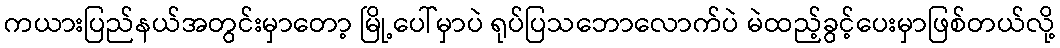
ကယားပြည်နယ်အတွင်းမှာတော့ မြို့ပေါ်မှာပဲ ရုပ်ပြသဘောလောက်ပဲ မဲထည့်ခွင့်ပေးမှာဖြစ်တယ်လို့